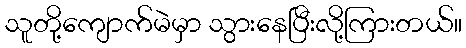
သူတို့ကျောက်မဲမှာ သွားနေပြီးလို့ကြားတယ်။